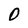
Character: O